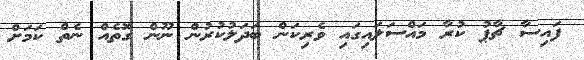
ފައިސާ ޗާޕު ކުރާ މައްސަލައިގައި ވެރިކަން ބަދަލުކުރުން ނޫން ގޮތެއް ނެތް ކަމަށް